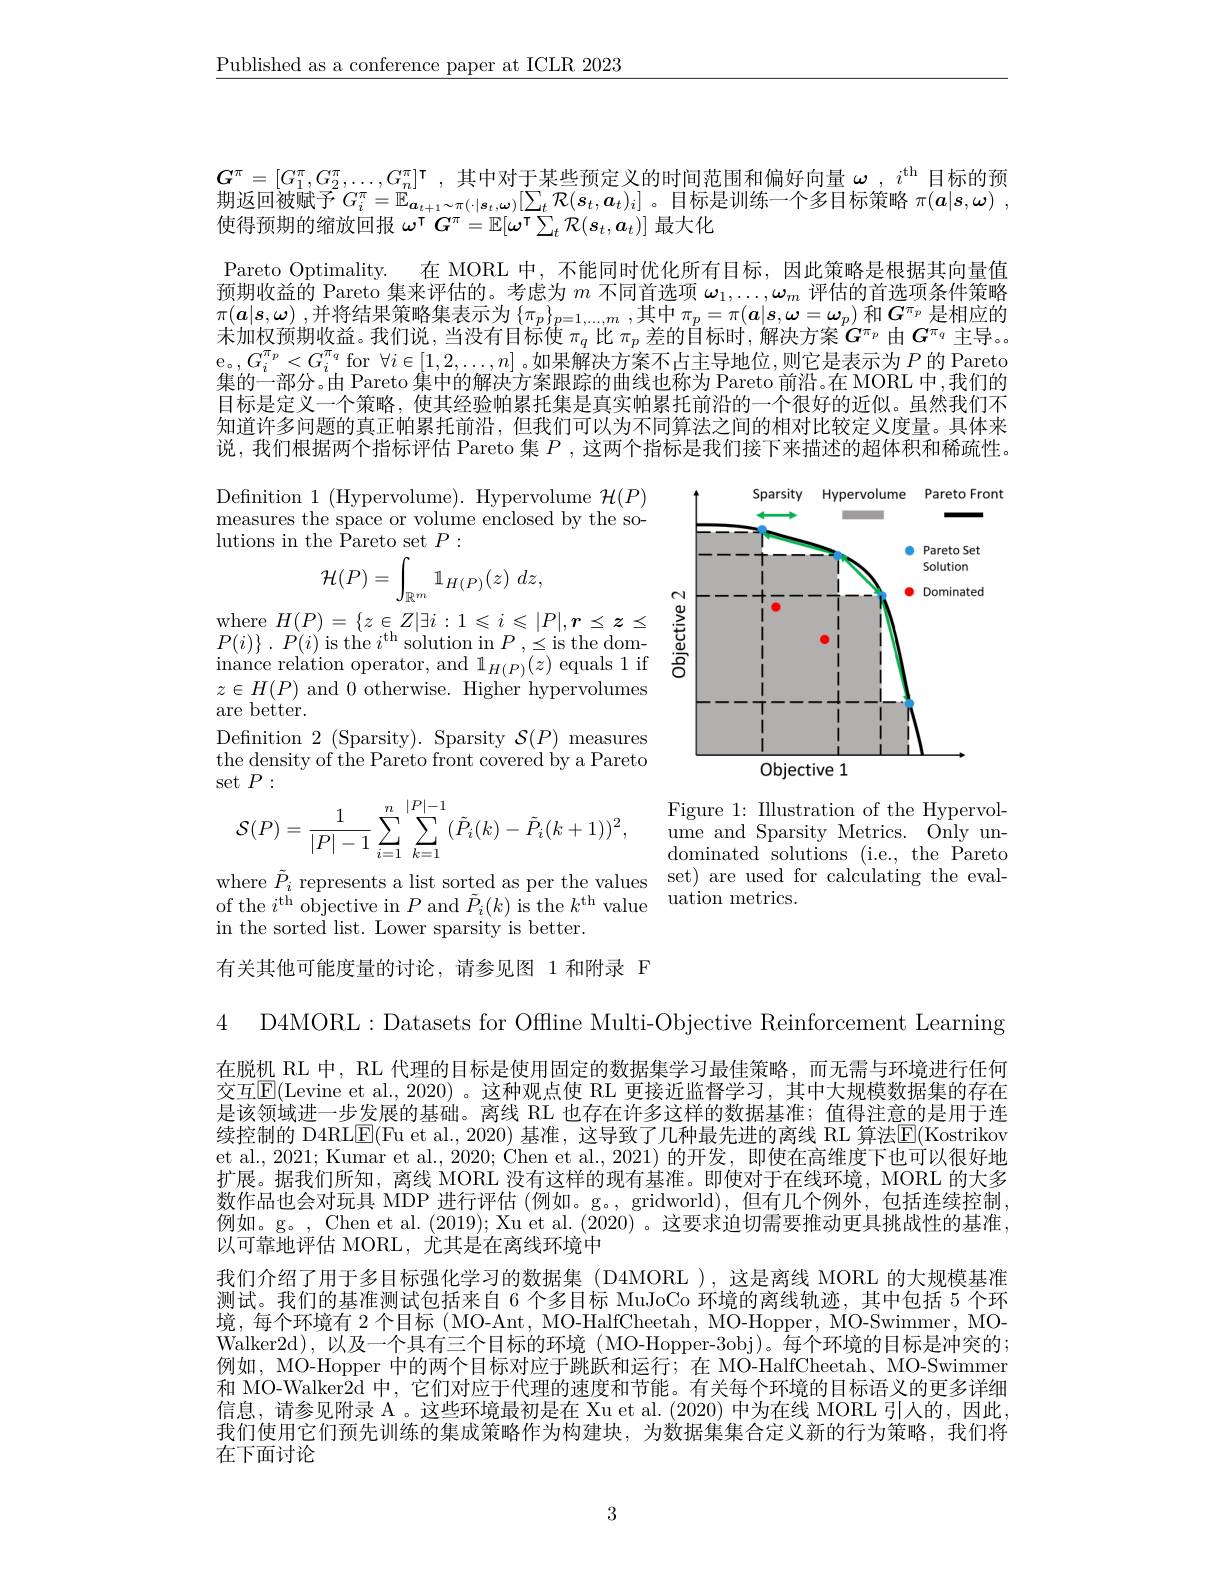
$\underline{\text{Published as a conference paper at ICLR 2023}}$

$G^{\pi}=[G_1^{\pi},G_2^{\pi},\ldots,G_n^{\pi}]^{\intercal}$,其中对于某些预定义的时间范围和偏好向量$\omega_\mathrm{~,~}i^\mathrm{th~}$目标的预期返回被赋予$G_i^\pi=\mathbb{E}_{\boldsymbol{a}_{t+1}\sim\pi(\cdot|\boldsymbol{s}_t,\boldsymbol{\omega})}[\sum_t\mathcal{R}(\boldsymbol{s}_t,\boldsymbol{a}_t)_i]$。目标是训练一个多目标策略 $\pi ( \boldsymbol{a}| \boldsymbol{s}, \boldsymbol{\omega })$ , 使得预期的缩放回报$\omega^\intercal G^\pi=\mathbb{E}[\omega^\intercal\sum_t\mathcal{R}(s_t,a_t)]$最大化
Pareto Optimality. 在 MORL 中，不能同时优化所有目标，因此策略是根据其向量值预期收益的 Pareto 集来评估的。考虑为$m$不同首选项$\omega_1,\ldots,\omega_m$评估的首选项条件策略$\pi ( \boldsymbol{a}| s, \boldsymbol{\omega })$ ,并将结果策略集表示为$\{ \pi _p\} _{p= 1, \ldots , m}$ ,其中$\pi_p=\pi(\boldsymbol{a}|\boldsymbol{s},\boldsymbol{\omega}=\boldsymbol{\omega}_p)$和$\boldsymbol{G}^\pi_p$是相应的未加权预期收益。我们说，当没有目标使$\pi_q$比$\pi _p$ 差 的 目 标 时 , 解 决 方 案 $G^{\pi _p}$由$G^{\pi_q}$主导。e。$,G_i^{\pi_p}<G_i^{\pi_q}$ for $\forall i\in[1,2,\ldots,n]$ 。如果解决方案不占主导地位，则它是表示为$P$ 的 Pareto 集的一部分。由 Pareto 集中的解决方案跟踪的曲线也称为 Pareto 前沿。在 MORL 中，我们的目标是定义一个策略，使其经验帕累托集是真实帕累托前沿的一个很好的近似。虽然我们不知道许多问题的真正帕累托前沿，但我们可以为不同算法之间的相对比较定义度量。具体来说，我们根据两个指标评估 Pareto 集$P$ ,这两个指标是我们接下来描述的超体积和稀疏性。

Definition $1\allowbreak ( {\mathrm{mod}} $Hypervolume). Hypervolume $\mathcal{H}(P)$ measures the space or volume enclosed by the solutions in the $\tilde{\text{Pareto set}}P:$
$$\mathcal{H}(P)=\int_{\mathbb{R}^m}\mathbb{1}_{H(P)}(z)\:dz,$$
<FigureHere>

$\begin{array}{l}{\mathrm{where~}H(P)=\{z\in Z|\exists i:1\leqslant i\leqslant|P|,r\leq z\leq}\\{P(i)\}.~P(i)~\mathrm{is~the~}i^\mathrm{th}~\mathrm{solution~in~}P~,\leq\mathrm{is~the~dom-}}\end{array}$ $\begin{array}{c}{\mathrm{inance~relation~operator,~and~1}}\\{\mathrm{inance~relation~operator,~and~1}}\\{\mathrm{I}}_{H(P)}(z)&{\mathrm{equals~1~if}}\end{array}$ $z\in H(P)$ and 0 otherwise. Higher hypervolumes are better.
Defnition $2\pmod{\text{Sparsity}}{\mathrm{Sparsity}}\mathcal{S}(P)\mod$ the density of the Pareto front covered by a Pareto set $P:$
$$\mathcal{S}(P)=\dfrac{1}{|P|-1}\sum\limits_{i=1}^n\sum\limits_{k=1}^{|P|-1}(\tilde{P}_i(k)-\tilde{P}_i(k+1))^2,$$
Figure 1: Illustration of the Hypervolume and Sparsity Metrics. Only undominated solutions (i.e., the Pareto
where $\tilde{P}_i$ represents a list sorted as per the values set) are used for calculating the eval-
of the $i^\mathrm{th}$ objective in $P$ and $\tilde{P}_i(k)$ is the $k^\mathrm{th}$ value uation metrics.

in the sorted list. Lower sparsity is better.

有关其他可能度量的讨论，请参见图 1 和附录 F

4 D4MORL:Datasets for Offline Multi-Objective Reinforcement Learning

在脱机 RL 中，RL 代理的目标是使用固定的数据集学习最佳策略，而无需与环境进行任何交互$\overline{\mathrm{E}}($Levine et al., 2020)。这种观点使 RL 更接近监督学习，其中大规模数据集的存在是该领域进一步发展的基础。离线 RL 也存在许多这样的数据基准；值得注意的是用于连续控制的 D4RL$\underline{\mathrm{E}}($Fu et al., 2020) 基准，这导致了几种最先进的离线 RL 算法$\underline{\mathrm{E}}($Kostrikov et al., 2021; Kumar et al., 2020; Chen et al., 2021) 的开发，即使在高维度下也可以很好地扩展。据我们所知，离线 MORL 没有这样的现有基准。即使对于在线环境，MORL 的大多数作品也会对玩具 MDP 进行评估 (例如。g。, gridworld),但有几个例外，包括连续控制， 例 如 。g。, Chen et al. ( 2019) ; Xu et al. ( 2020) 。这 要 求 迫 切 需 要 推 动 更 具 挑 战 性 的 基 准 , 以 可 靠 地 评 估 MORL. 尤 其 是 在 离 线 环 境 中我们介绍了用于多目标强化学习的数据集 (D4MORL ),这是离线 MORL 的大规模基准测试。我们的基准测试包括来自 6 个多目标 MuJoCo 环境的离线轨迹，其中包括 5 个环境，每个环境有 2 个目标( MO-Ant, MO-HalfCheetah, MO-Hopper, MO-Swimmer, MOWalker2d),以及一个具有三个目标的环境( MO-Hopper-3obj)。每个环境的目标是冲突的； 例如，MO-Hopper 中的两个目标对应于跳跃和运行；在 MO-HalfCheetah, MO-Swimmer 和 MO-Walker2d 中，它们对应于代理的速度和节能。有关每个环境的目标语义的更多详细信息，请参见附录 A 。这些环境最初是在 Xu et al. (2020) 中为在线 MORL 引人的，因此， 我们使用它们预先训练的集成策略作为构建块，为数据集集合定义新的行为策略，我们将在下面讨论

3